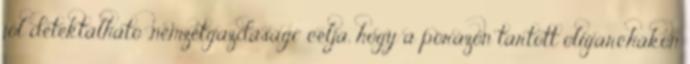
jól detektálható „nemzetgazdasági” célja, hogy a pórázon tartott oligarchákon